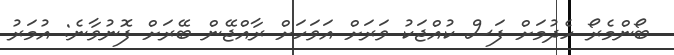
ބޯންމެރޯ ހެދުމަށް ފަސް ކުއްޖަކު ވަރަށް އަވަހަށް ރާއްޖޭން ބޭރަށް ފޮނުވާނެ: އުމަރު